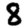
Digit: 8